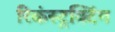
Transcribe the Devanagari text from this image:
रिकंस्ट्रक्टिंग